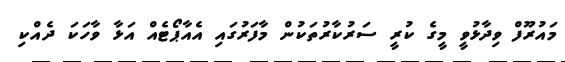
މައުރޫފް ވިދާޅުވީ މީގެ ކުރީ ސަރުކާރުތަކުން މާފަރުގައި އެއާޕޯޓެއް އަޅާ ވާހަކަ ދެއްކި